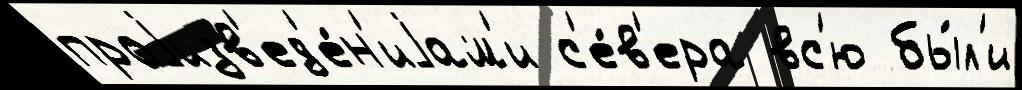
проjизв'ед'е́н'иjам'и с'е́в'ера вс'ю бы́л'и